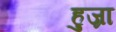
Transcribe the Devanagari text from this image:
हुज्रा